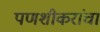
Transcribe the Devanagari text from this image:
पणशीकरांचा